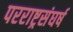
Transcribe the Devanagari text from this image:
परराष्ट्रसंघर्ष